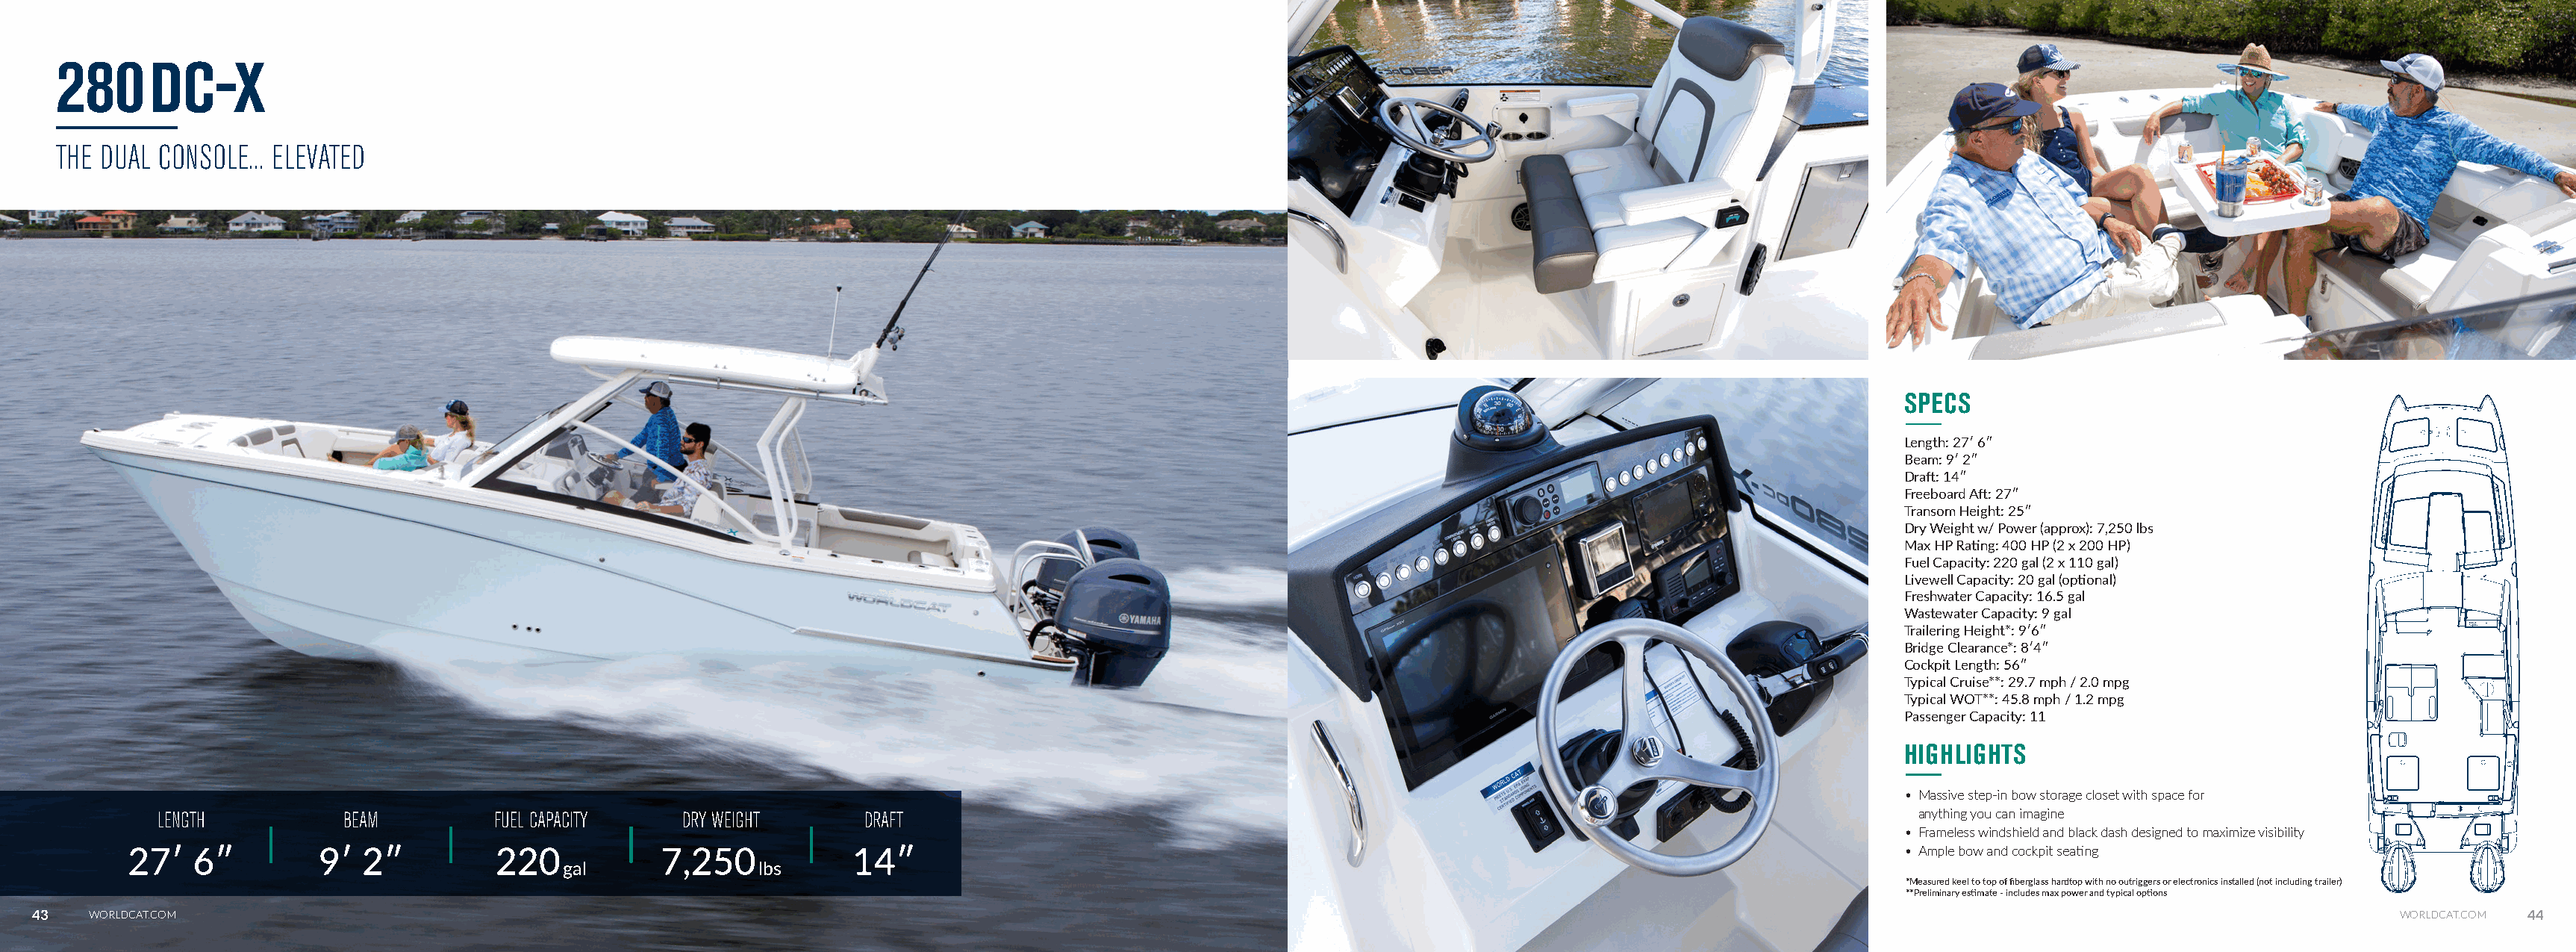
280DC-
 X
 THE DUAL CONSOLE... ELEVATED
 SPECS
 Length: 27ʹ 6ʺ
 Beam: 9ʹ 2ʺ
 Draft: 14ʺ
 Freeboard Aft: 27ʺ
 Transom Height: 25ʺ
 Dry Weight w/ Power (approx): 7,250 lbs
 Max HP Rating: 400 HP (2 x 200 HP)
 Fuel Capacity: 220 gal (2 x 110 gal)
 Livewell Capacity: 20 gal (optional)
 Freshwater Capacity: 16.5 gal
 Wastewater Capacity: 9 gal
 Trailering Height*: 9ʹ6ʺ
 Bridge Clearance*: 8ʹ4ʺ
 Cockpit Length: 56ʺ
 Typical Cruise**: 29.7 mph / 2.0 mpg
 Typical WOT**: 45.8 mph / 1.2 mpg
 Passenger Capacity: 11
 HIGHLIGHTS
 • Massive step-in bow storage closet with space for
 LENGTH          BEAM          FUEL CAPACITY   DRY WEIGHT       DRAFT                                                                                        anything you can imagine
 • Frameless windshield and black dash designed to maximize visibility
 27ʹ   6ʺ         9ʹ  2ʺ          220            7,250            14ʺ                                                                                          • Ample bow and cockpit seating
 gal              lbs
 *Measured keel to top of fiberglass hardtop with no outriggers or electronics installed (not including trailer)
 **Preliminary estimate - includes max power and typical options
 43   WORLDCAT.COM                                                                                                                                                                                                 WORLDCAT.COM 44